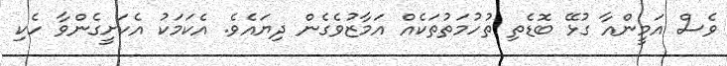
ވެސް އަމީންއާ ގުޅޭ ބޮޑެތި ތުހުމަތުތަކެއް އަމާޒުވެގެން ދިޔައެވެ. އެކަމަކު އެކަށީގެންވާ ހެކި